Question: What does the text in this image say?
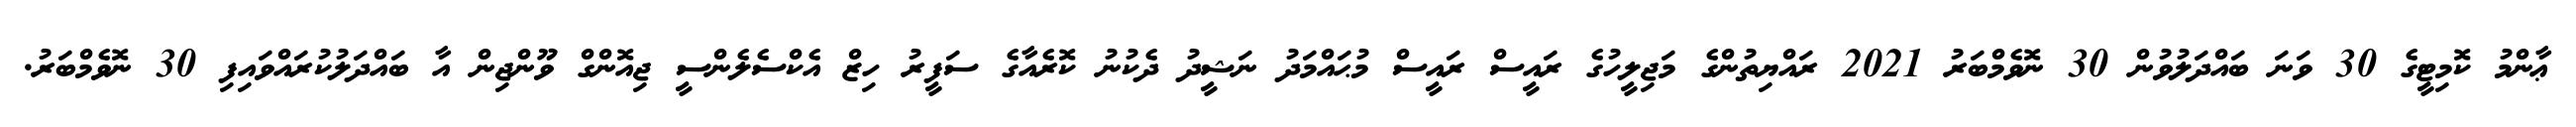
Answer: ޢާންމު ކޮމިޓީގެ 30 ވަނަ ބައްދަލުވުން 30 ނޮވެމްބަރު 2021 ރައްޔިތުންގެ މަޖިލީހުގެ ރައީސް ރައީސް މުޙައްމަދު ނަޝީދު ދެކުނު ކޮރެއާގެ ސަފީރު ހިޒް އެކްސެލެންސީ ޖިއޮންގް ވޫންޖިން އާ ބައްދަލުކުރައްވައިފި 30 ނޮވެމްބަރު.